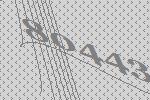
80443